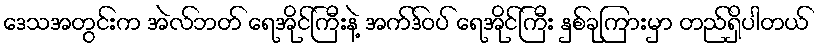
ဒေသအတွင်းက အဲလ်ဘတ် ရေအိုင်ကြီးနဲ့ အက်ဒ်ဝပ် ရေအိုင်ကြီး နှစ်ခုကြားမှာ တည်ရှိပါတယ်